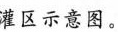
灌区示意图。